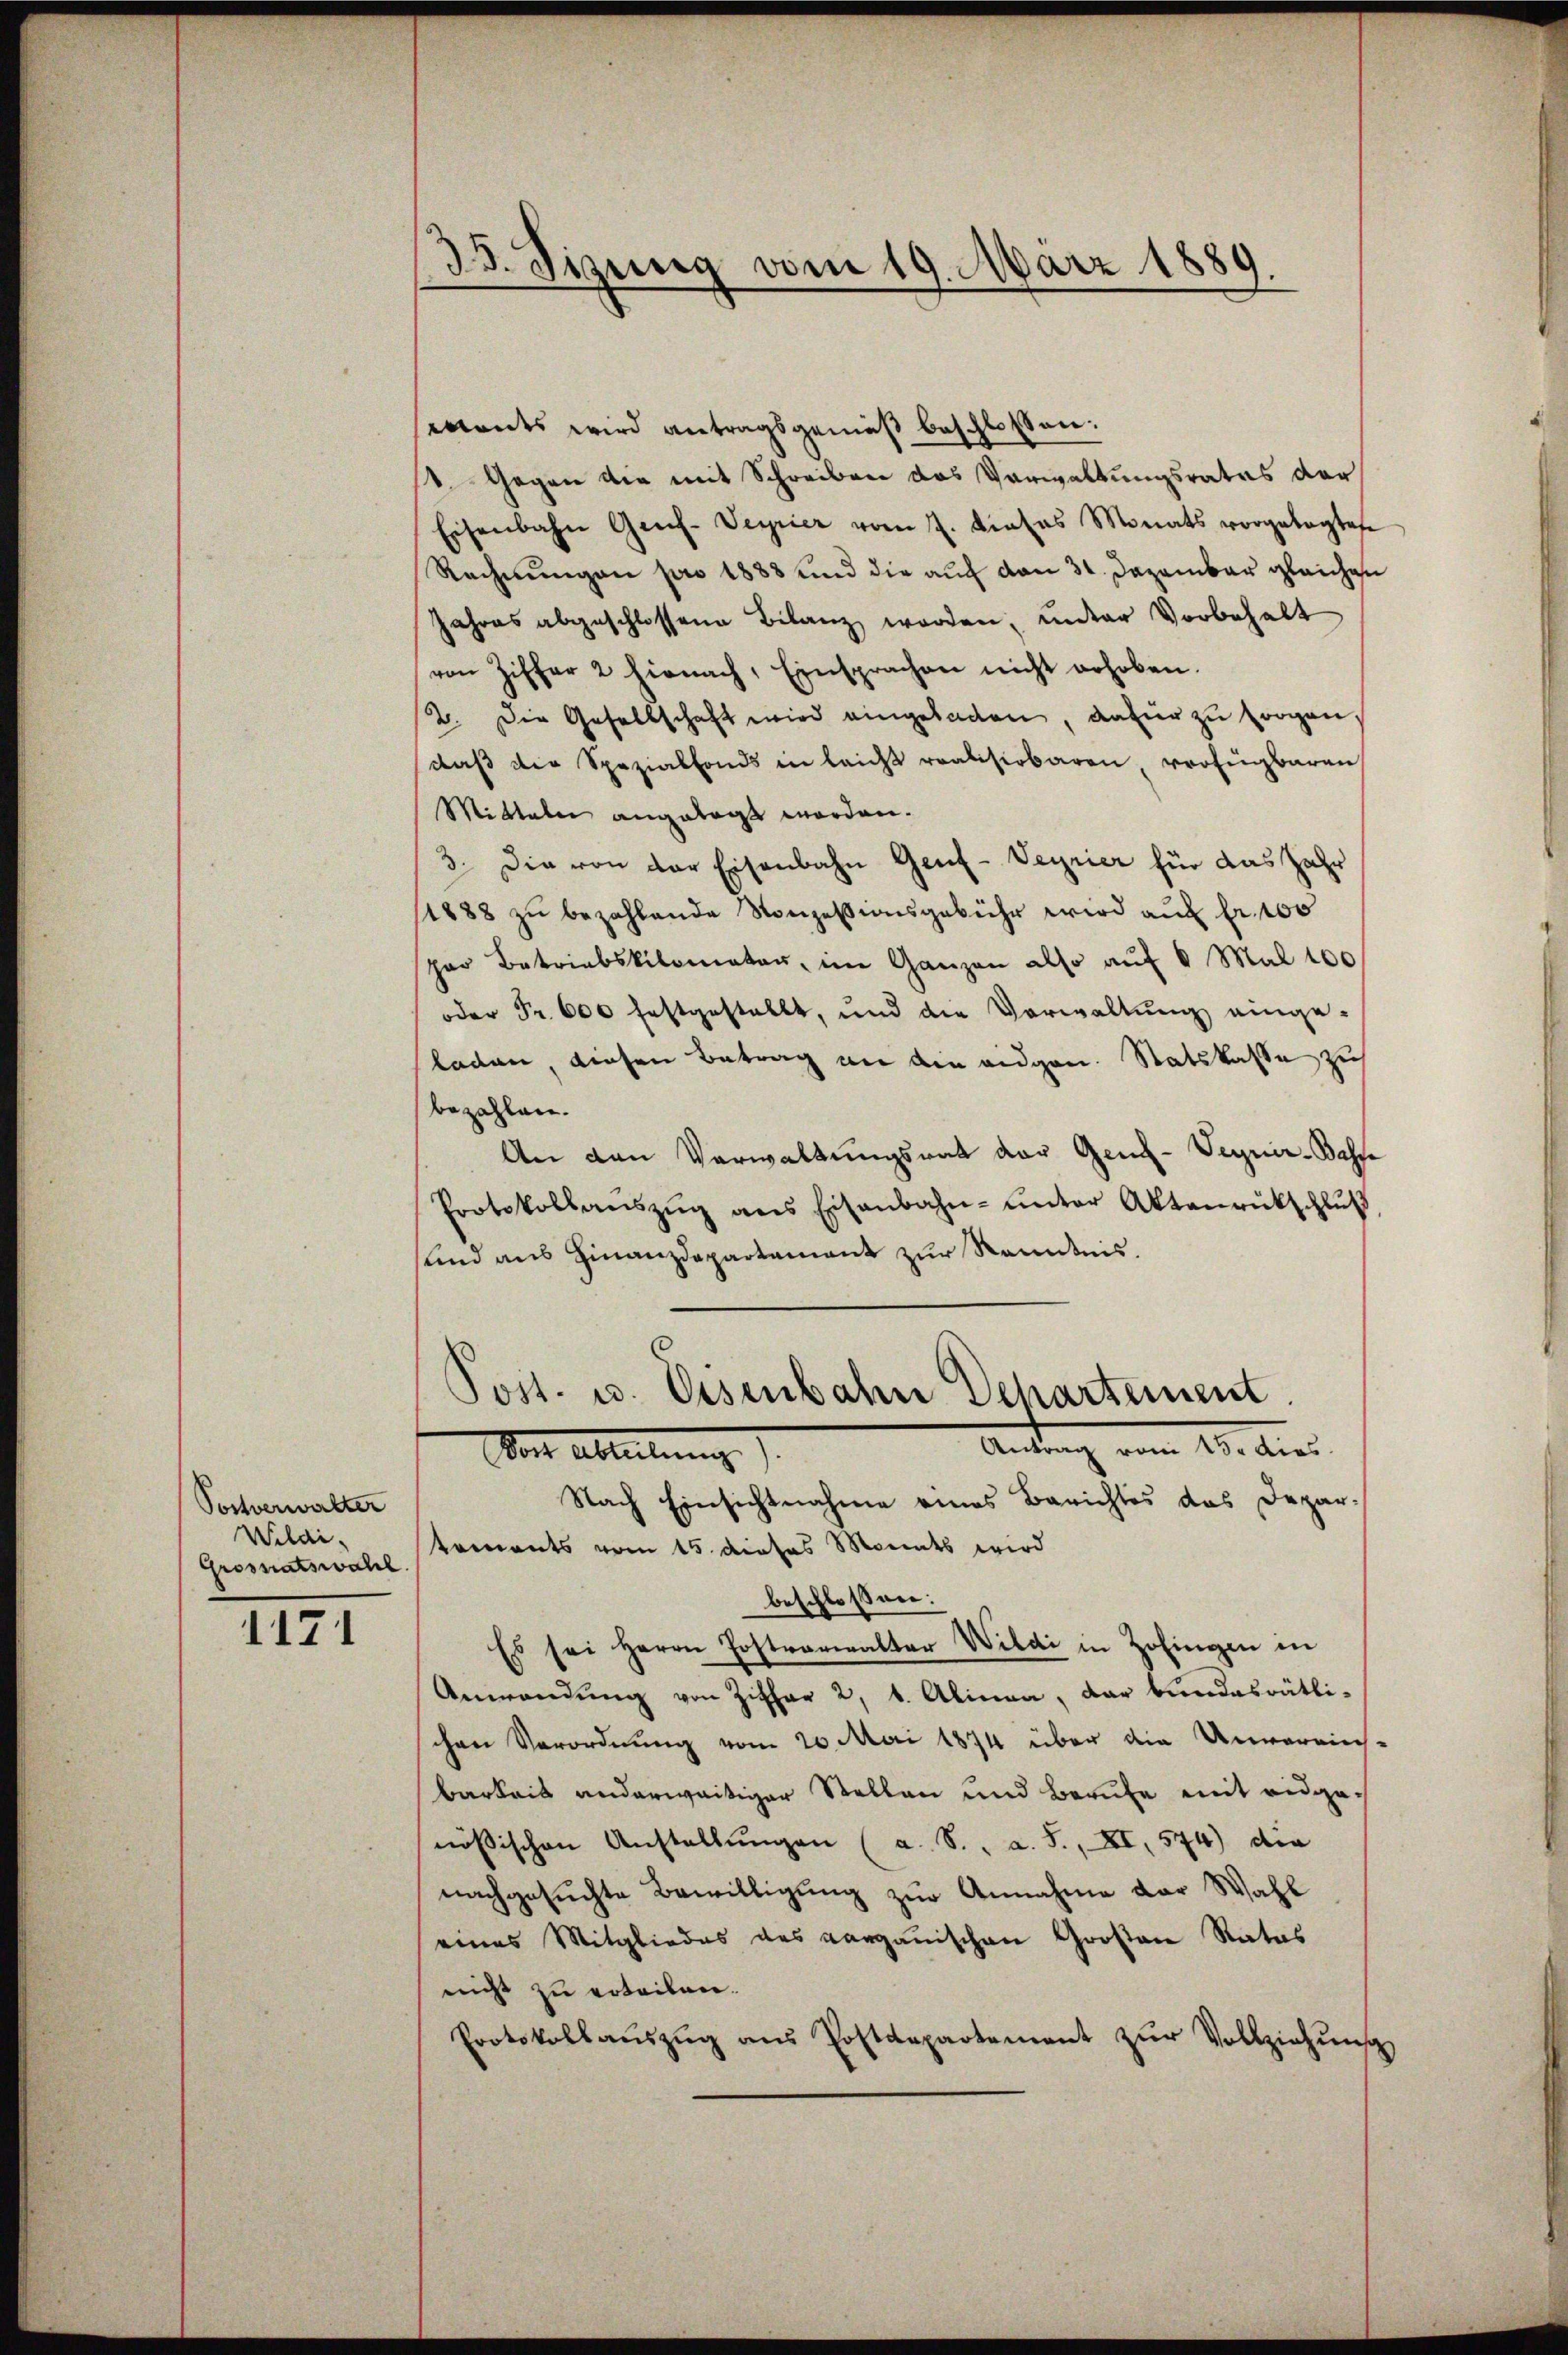
Postverwalter
Wildi-
Grossatswahl.

1171

35. Sizung vom 19. März 1889.

wants wird antragsgemäß beschlossen:
k. Gegen die mit Schreiben das Verwaltungsrates der
Eisenbahn Geich-Veyrier vom 7. Dietas Monats vorgelegtes
Rechnungen pro 1883 und die auf den 31. Dezember gleichen
Jahres abgeschlossene Bilanz worden, unter Vorbehalt
von Ziffer 2 hienach, Einsprachen nicht erhoben.
2. Die Gesellschaft wird eingeladen, dafür zu sorgen.
daß die Spezialfonds in leicht realisirbaren verfügbaren
Mitteln angelegt worden.
3. Die von der Eisenbahn Genf-Veyrier für das Jahr
1888 zŭ bezahlende Konzessionsgebühr wird aŭf fr. 100
per Betriebskilomaten, im Ganzen also auf 8 Mal 100
oder Fr. 600 festgestellt, und die Verwaltŭng einge-
laden, diesen Betrag an den eidgen. Statskasse zu
bezahlen.
An den Verwaltungsrat der Gene-Veyner-Bahne
Protokollaŭszŭg ans Eisenbahn- ŭnter Aktenrückschlŭβ
lind aus Finanzdepartement zur Kenntnis.
Post. u. Eisenbahn Departement
Antrag vom 10. dies
Vom Ableitung
Nach Einsichtnahme eines Berichtes das Depar-
koments vom 15. dieses Monats wird
beschlossen:
Es sei Herrn Postverwalter Wildi in Zofingen in
Anwendŭng von Ziffer 2 t. Alinea, dar bundesrätli-
chen Verordnung vom 20. Mai 1874 über die Unvereins-
Barkeit anderweitiger Stellen und Berufe mit eidgenössischen Anstellŭngen (a. S., a. S., XI, 574) die
nachgesuchte Bewilligung zur Annahme der Wahl
eines Mitgliedes des Aargauischen Großene Ratas
nicht zu erteilen.
Protokollaŭszŭg ans Postdepartement zŭr Vollziehung